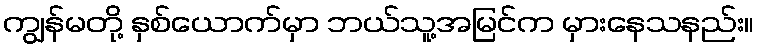
ကျွန်မတို့ နှစ်ယောက်မှာ ဘယ်သူ့အမြင်က မှားနေသနည်း။